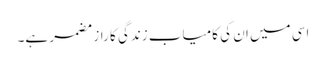
اسی میں ان کی کامیاب زندگی کا راز مضمر ہے۔